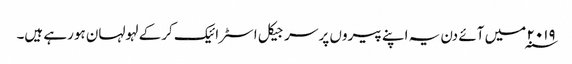
۲۰۱۹ ؁ میں آئے دن یہ اپنے پیروں پر سرجیکل اسٹرائیک کرکے لہولہان ہورہے ہیں۔